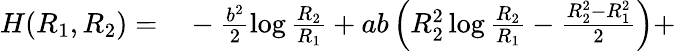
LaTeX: \begin{array}{rl}{H(R_{1},R_{2})=}&{{}-\frac{b^{2}}{2}\log\frac{R_{2}}{R_{1}}+ab\left(R_{2}^{2}\log\frac{R_{2}}{R_{1}}-\frac{R_{2}^{2}-R_{1}^{2}}{2}\right)+}\end{array}